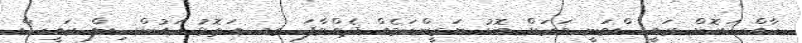
ހާއްސަކޮށް ރައީސްވަނީ ވަރަށް ބޮޑު ޔަގީންކަމެއް ދެއްވާފަ. ގއ އަތޮޅު ކައުންސިލް ރައީސް